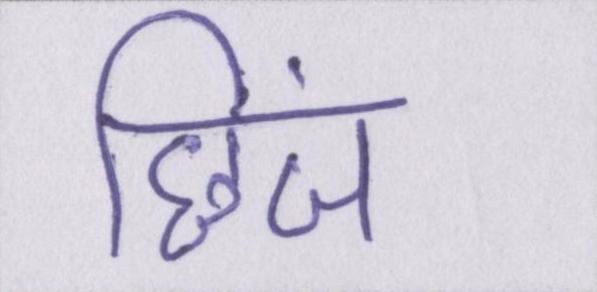
छिंज